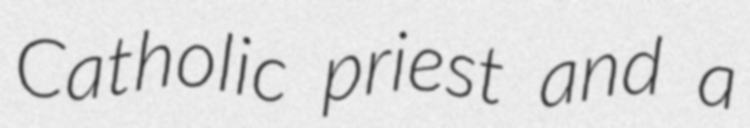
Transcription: Catholic priest and a